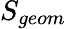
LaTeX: S_{geom}